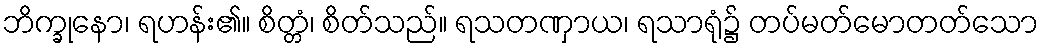
ဘိက္ခုနော၊ ရဟန်း၏။ စိတ္တံ၊ စိတ်သည်။ ရသတဏှာယ၊ ရသာရုံ၌ တပ်မတ်မောတတ်သော